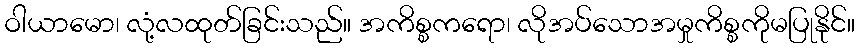
ဝါယာမော၊ လုံ့လထုတ်ခြင်းသည်။ အကိစ္စကရော၊ လိုအပ်သောအမှုကိစ္စကိုမပြုနိုင်။